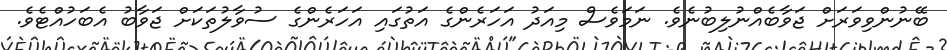
ބޭނުންވިވަރަށް ޖަވާބެއްނުލިބުނެވެ. ނަމަވެސް މިއަދު އަހަރެންގެ އަތުގައި އަހަރެންގެ ސުވާލުތަކަށް ޖަވާބު އެބަހުއްޓެވެ.